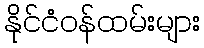
နိုင်ငံဝန်ထမ်းများ